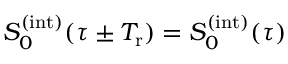
S _ { 0 } ^ { ( \mathrm { i n t } ) } ( \tau \pm T _ { \mathrm { r } } ) = S _ { 0 } ^ { ( \mathrm { i n t } ) } ( \tau )